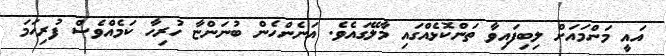
އައީ މަންމައަށް ލިބިފައިވާ ތަންކޮޅެއްގައި މާލޭގައެވެ. އަނެންހެން ބުނަންޏާ ހުރިހާ ކަމެއްވެސް ފުރިހަމަ